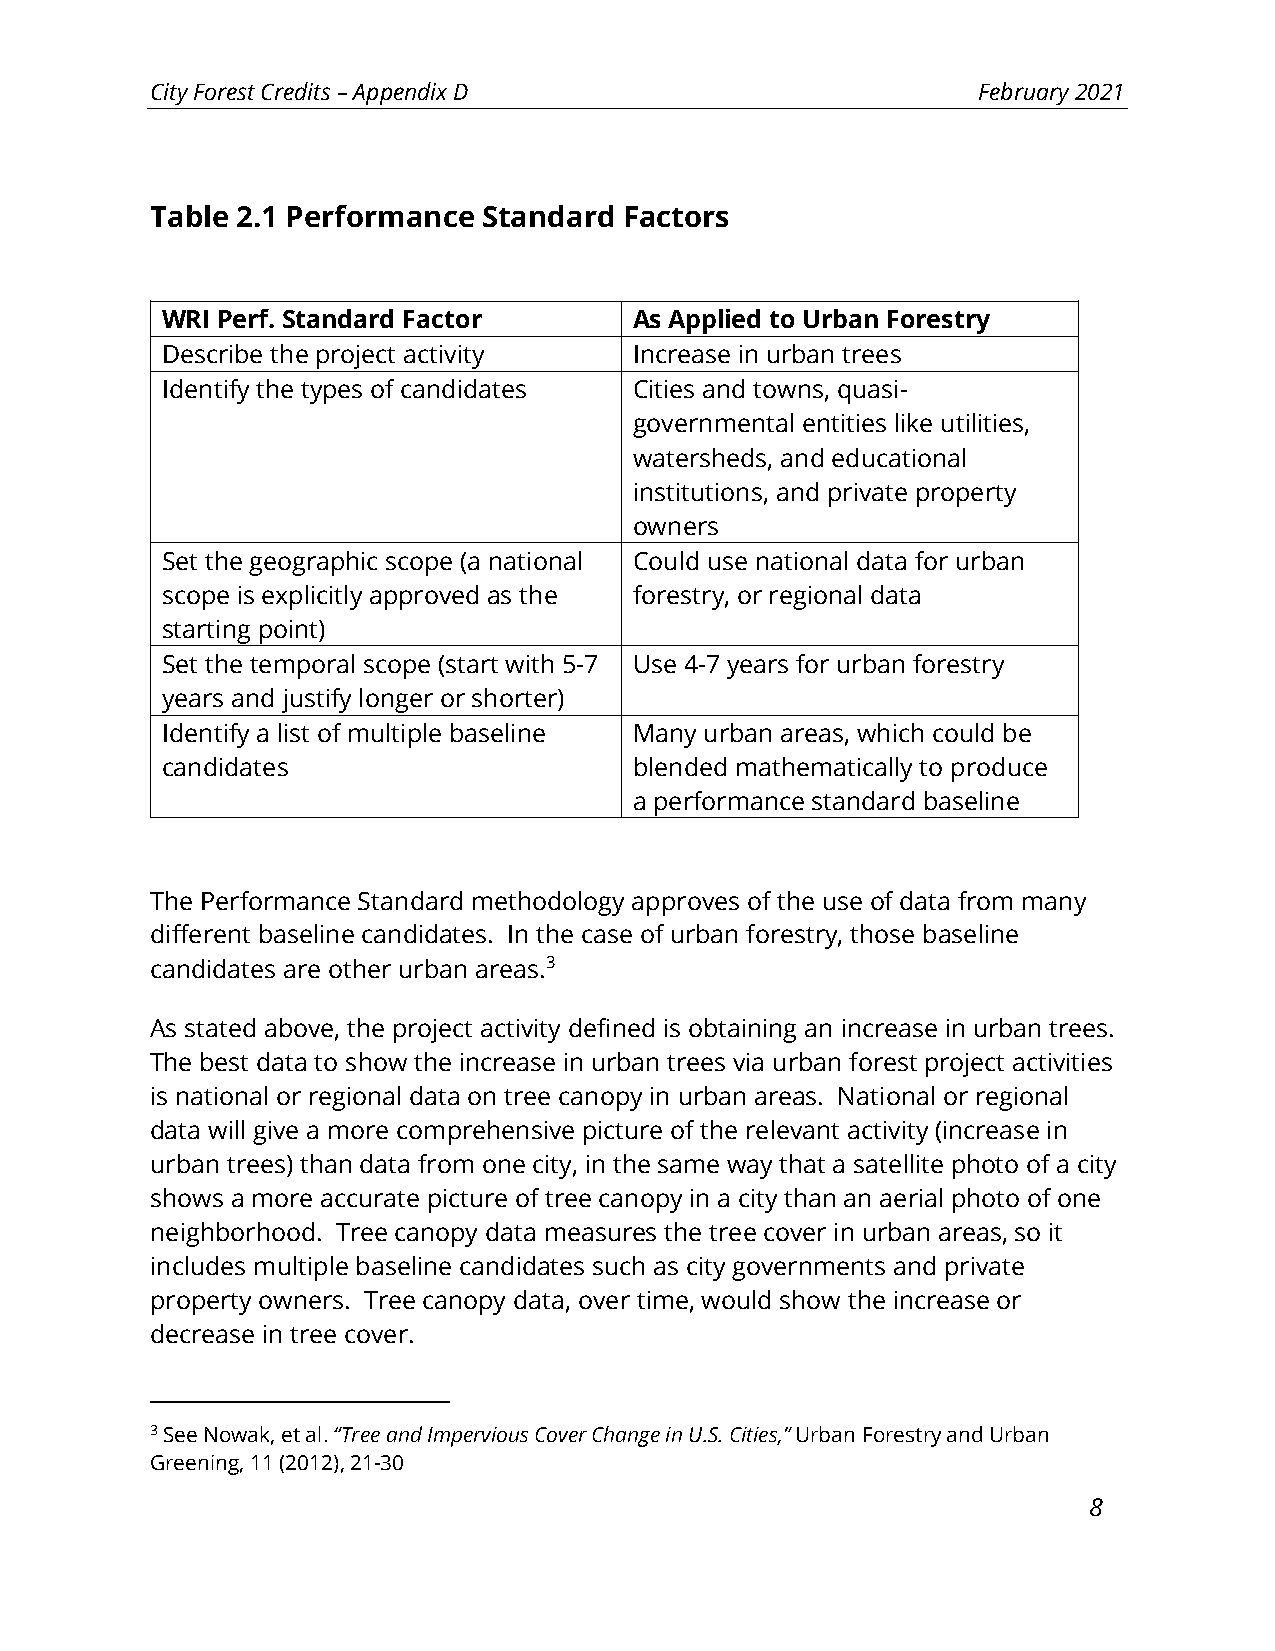
City Forest Credits – Appendix D                       February 2021
 Table 2.1 Performance Standard Factors
 WRI Perf. Standard Factor      As Applied to Urban Forestry
 Describe the project activity  Increase in urban trees
 Identify the types of candidates Cities and towns, quasi-
 governmental entities like utilities,
 watersheds, and educational
 institutions, and private property
 owners
 Set the geographic scope (a national Could use national data for urban
 scope is explicitly approved as the forestry, or regional data
 starting point)
 Set the temporal scope (start with 5-7 Use 4-7 years for urban forestry
 years and justify longer or shorter)
 Identify a list of multiple baseline Many urban areas, which could be
 candidates                     blended mathematically to produce
 a performance standard baseline
 The Performance Standard methodology approves of the use of data from many
 different baseline candidates. In the case of urban forestry, those baseline
 candidates are other urban areas.3
 As stated above, the project activity defined is obtaining an increase in urban trees.
 The best data to show the increase in urban trees via urban forest project activities
 is national or regional data on tree canopy in urban areas. National or regional
 data will give a more comprehensive picture of the relevant activity (increase in
 urban trees) than data from one city, in the same way that a satellite photo of a city
 shows a more accurate picture of tree canopy in a city than an aerial photo of one
 neighborhood. Tree canopy data measures the tree cover in urban areas, so it
 includes multiple baseline candidates such as city governments and private
 property owners. Tree canopy data, over time, would show the increase or
 decrease in tree cover.
 3 See Nowak, et al. “Tree and Impervious Cover Change in U.S. Cities,” Urban Forestry and Urban
 Greening, 11 (2012), 21-30
 8